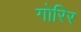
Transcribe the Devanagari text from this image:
गोरिर